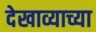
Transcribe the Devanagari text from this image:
देखाव्याच्या